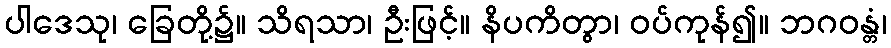
ပါဒေသု၊ ခြေတို့၌။ သိရသာ၊ ဦးဖြင့်။ နိပကိတွာ၊ ဝပ်ကုန်၍။ ဘဂဝန္တံ၊